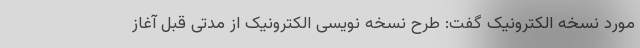
مورد نسخه الکترونیک گفت: طرح نسخه نویسی الکترونیک از مدتی قبل آغاز